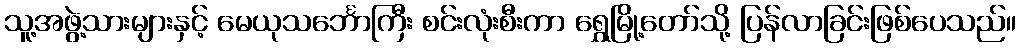
သူ့အဖွဲ့သားများနှင့် မေယုသင်္ဘောကြီး စင်းလုံးစီးကာ ရွှေမြို့တော်သို့ ပြန်လာခြင်းဖြစ်ပေသည်။